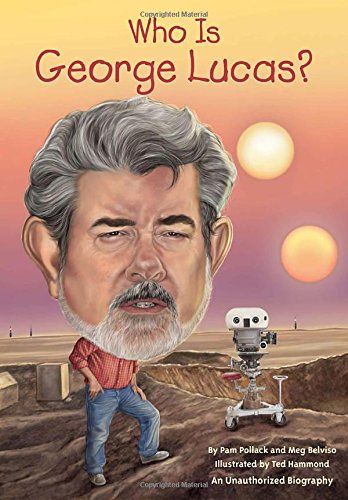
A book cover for Who Is George Lucas? (Who Was...?); Pamela D. Pollack; Children's Books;